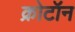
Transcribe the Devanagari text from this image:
क्रोटॉन